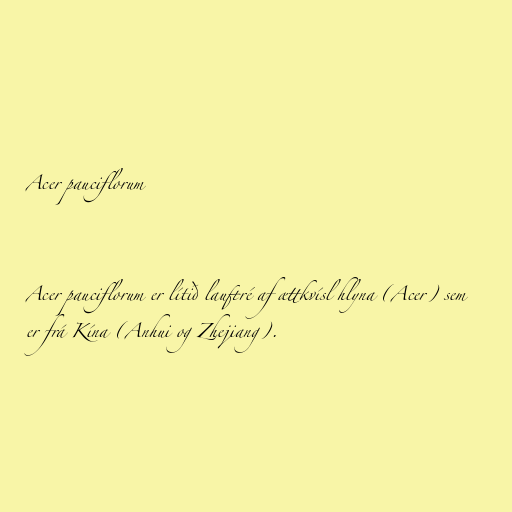
Acer pauciflorum

Acer pauciflorum er lítið lauftré af ættkvísl hlyna (Acer) sem
er frá Kína (Anhui og Zhejiang).